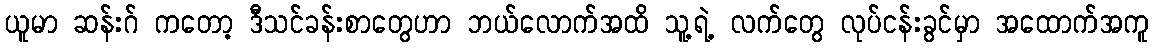
ယူမာ ဆန်းဂ် ကတော့ ဒီသင်ခန်းစာတွေဟာ ဘယ်လောက်အထိ သူ့ရဲ့ လက်တွေ လုပ်ငန်းခွင်မှာ အထောက်အကူ